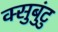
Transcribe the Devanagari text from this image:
क्सुबुंटु